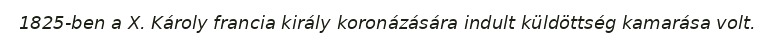
1825-ben a X. Károly francia király koronázására indult küldöttség kamarása volt.